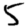
Digit: 5